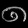
Digit: ၈